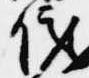
儀